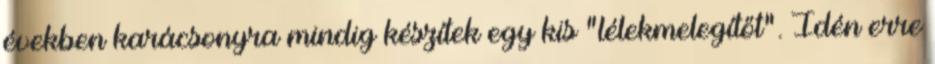
években karácsonyra mindig készítek egy kis "lélekmelegítőt". Idén erre